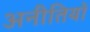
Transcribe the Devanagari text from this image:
अनीतियों